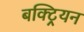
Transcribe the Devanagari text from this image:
बक्ट्रियन